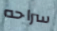
سراحه